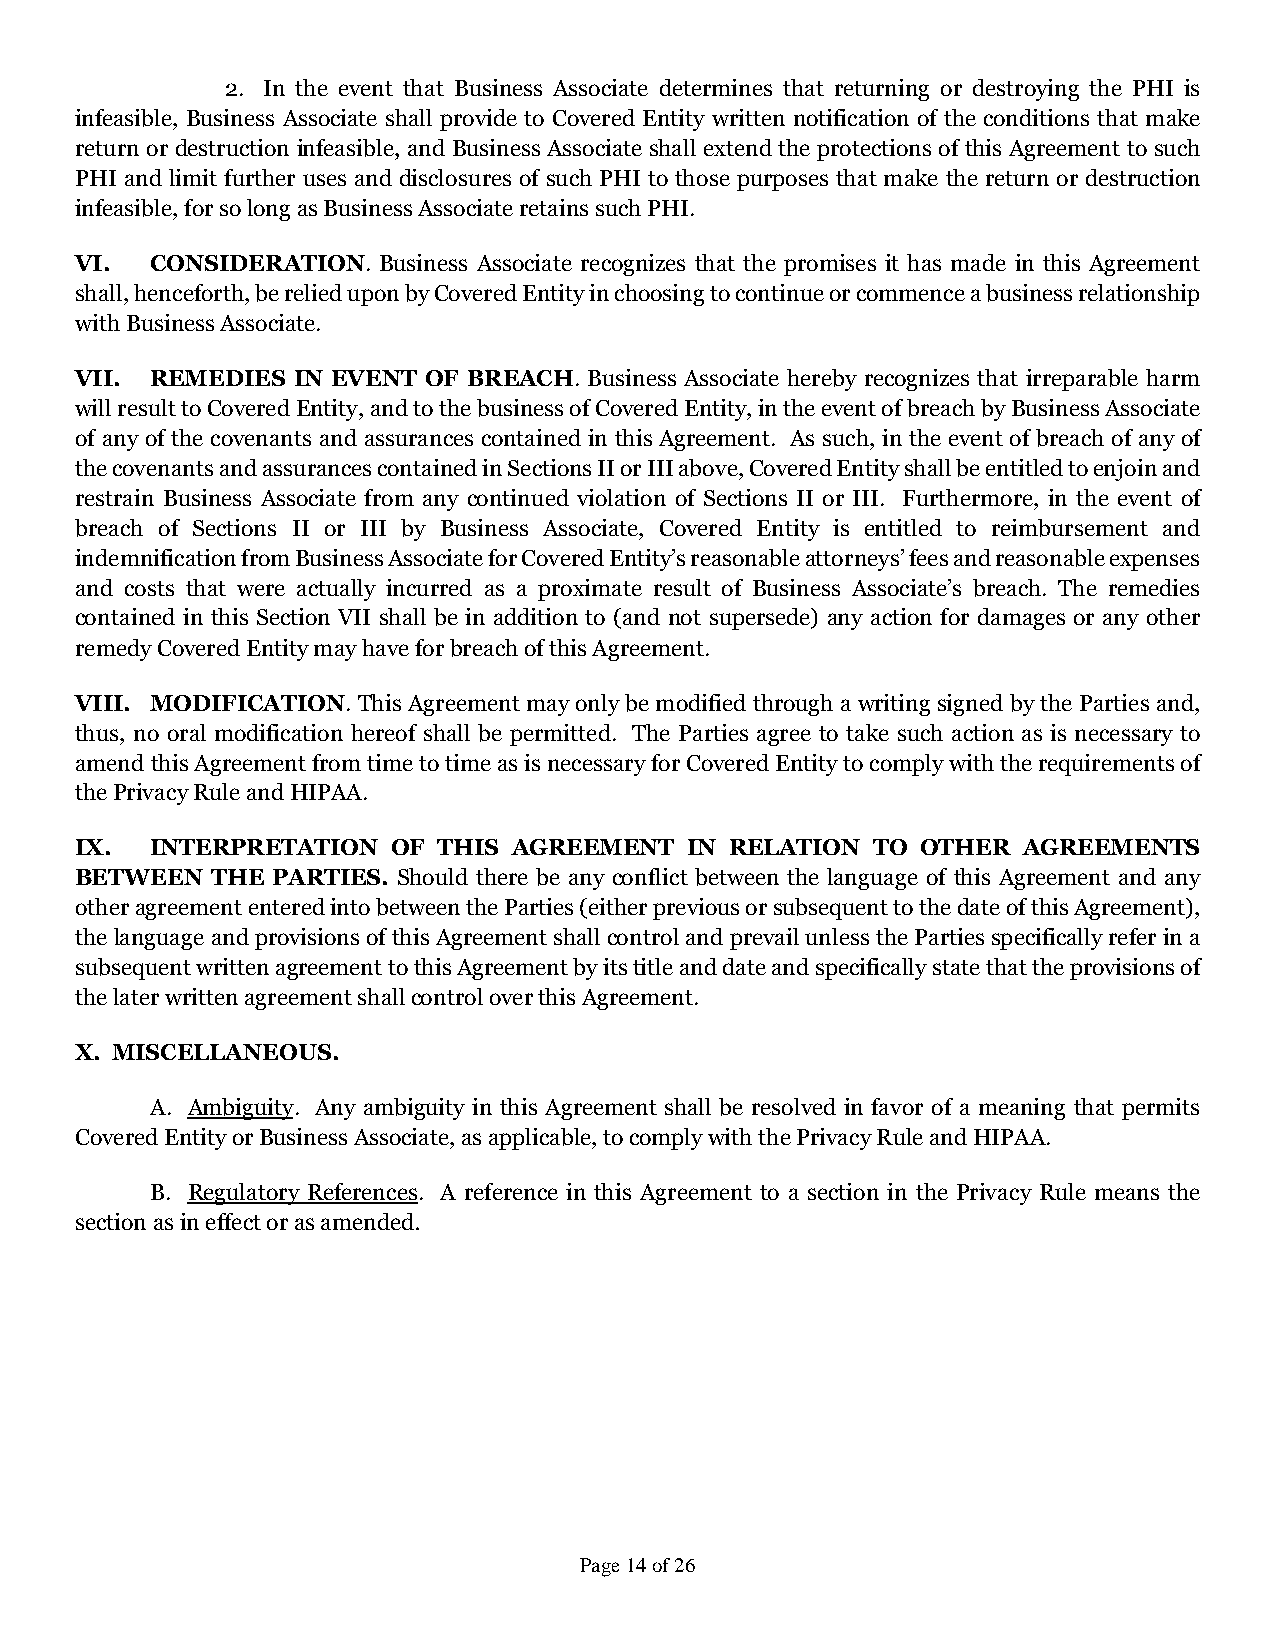
2. In the event that Business Associate determines that returning or destroying the PHI is
 infeasible, Business Associate shall provide to Covered Entity written notification of the conditions that make
 return or destruction infeasible, and Business Associate shall extend the protections of this Agreement to such
 PHI and limit further uses and disclosures of such PHI to those purposes that make the return or destruction
 infeasible, for so long as Business Associate retains such PHI.
 VI.  CONSIDERATION. Business Associate recognizes that the promises it has made in this Agreement
 shall, henceforth, be relied upon by Covered Entity in choosing to continue or commence a business relationship
 with Business Associate.
 VII. REMEDIES IN EVENT OF BREACH. Business Associate hereby recognizes that irreparable harm
 will result to Covered Entity, and to the business of Covered Entity, in the event of breach by Business Associate
 of any of the covenants and assurances contained in this Agreement. As such, in the event of breach of any of
 the covenants and assurances contained in Sections II or III above, Covered Entity shall be entitled to enjoin and
 restrain Business Associate from any continued violation of Sections II or III. Furthermore, in the event of
 breach of Sections II or III by Business Associate, Covered Entity is entitled to reimbursement and
 indemnification from Business Associate for Covered Entity’s reasonable attorneys’ fees and reasonable expenses
 and costs that were actually incurred as a proximate result of Business Associate’s breach. The remedies
 contained in this Section VII shall be in addition to (and not supersede) any action for damages or any other
 remedy Covered Entity may have for breach of this Agreement.
 VIII. MODIFICATION. This Agreement may only be modified through a writing signed by the Parties and,
 thus, no oral modification hereof shall be permitted. The Parties agree to take such action as is necessary to
 amend this Agreement from time to time as is necessary for Covered Entity to comply with the requirements of
 the Privacy Rule and HIPAA.
 IX.  INTERPRETATION  OF THIS AGREEMENT  IN RELATION  TO OTHER  AGREEMENTS
 BETWEEN  THE PARTIES. Should there be any conflict between the language of this Agreement and any
 other agreement entered into between the Parties (either previous or subsequent to the date of this Agreement),
 the language and provisions of this Agreement shall control and prevail unless the Parties specifically refer in a
 subsequent written agreement to this Agreement by its title and date and specifically state that the provisions of
 the later written agreement shall control over this Agreement.
 X. MISCELLANEOUS.
 A. Ambiguity. Any ambiguity in this Agreement shall be resolved in favor of a meaning that permits
 Covered Entity or Business Associate, as applicable, to comply with the Privacy Rule and HIPAA.
 B. Regulatory References. A reference in this Agreement to a section in the Privacy Rule means the
 section as in effect or as amended.
 Page 14 of 26